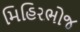
મિહિરભોજ